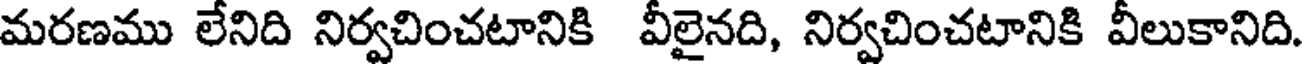
మరణము లేనిది నిర్వచించటానికి వీలైనది, నిర్వచించటానికి వీలుకానిది.